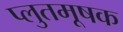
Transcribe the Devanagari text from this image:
प्लुतमूषक